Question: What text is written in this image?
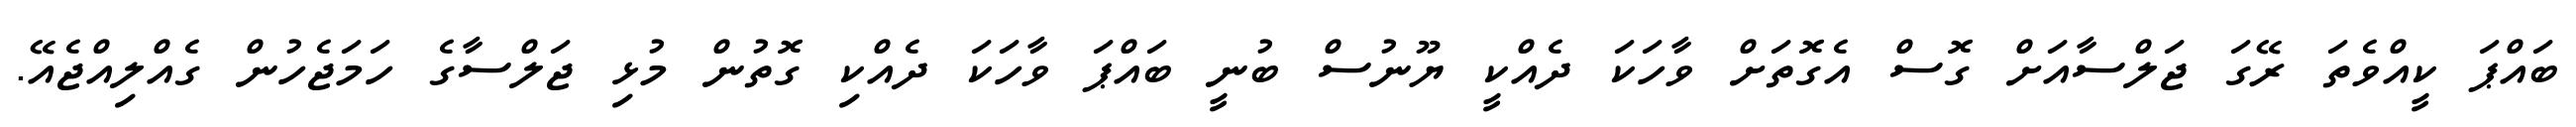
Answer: ބައްޕަ ކީއްވެތަ ރޭގަ ޖަލްސާއަށް ގޮސް އެގޮތަށް ވާހަކަ ދެއްކީ ޔޫނުސް ބުނީ ބައްޕަ ވާހަކަ ދެއްކި ގޮތުން މުޅި ޖަލްސާގެ ހަމަޖެހުން ގެއްލިއްޖެއޭ.